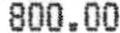
800.00